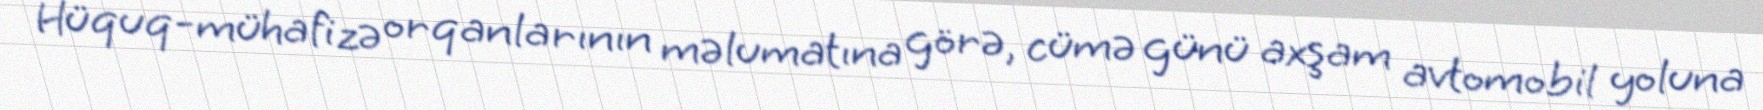
Hüquq-mühafizə orqanlarının məlumatına görə, cümə günü axşam avtomobil yoluna